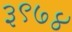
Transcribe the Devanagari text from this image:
३९७४